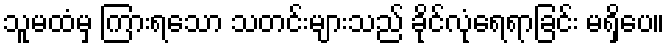
သူမထံမှ ကြားရသော သတင်းများသည် ခိုင်လုံရေရာခြင်း မရှိပေ။